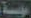
مؤسسة